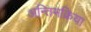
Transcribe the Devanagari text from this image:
अन्तिमक्रिया